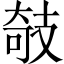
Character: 攲